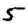
Digit: 5